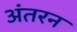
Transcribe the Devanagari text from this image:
अंतरन